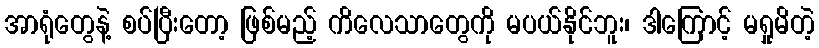
အာရုံတွေနဲ့ စပ်ပြီးတော့ ဖြစ်မည့် ကိလေသာတွေကို မပယ်နိုင်ဘူး၊ ဒါကြောင့် မရှုမိတဲ့